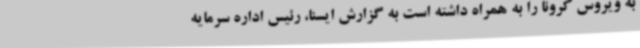
به ویروس کرونا را به همراه داشته است به گزارش ایسنا، رئیس اداره سرمایه